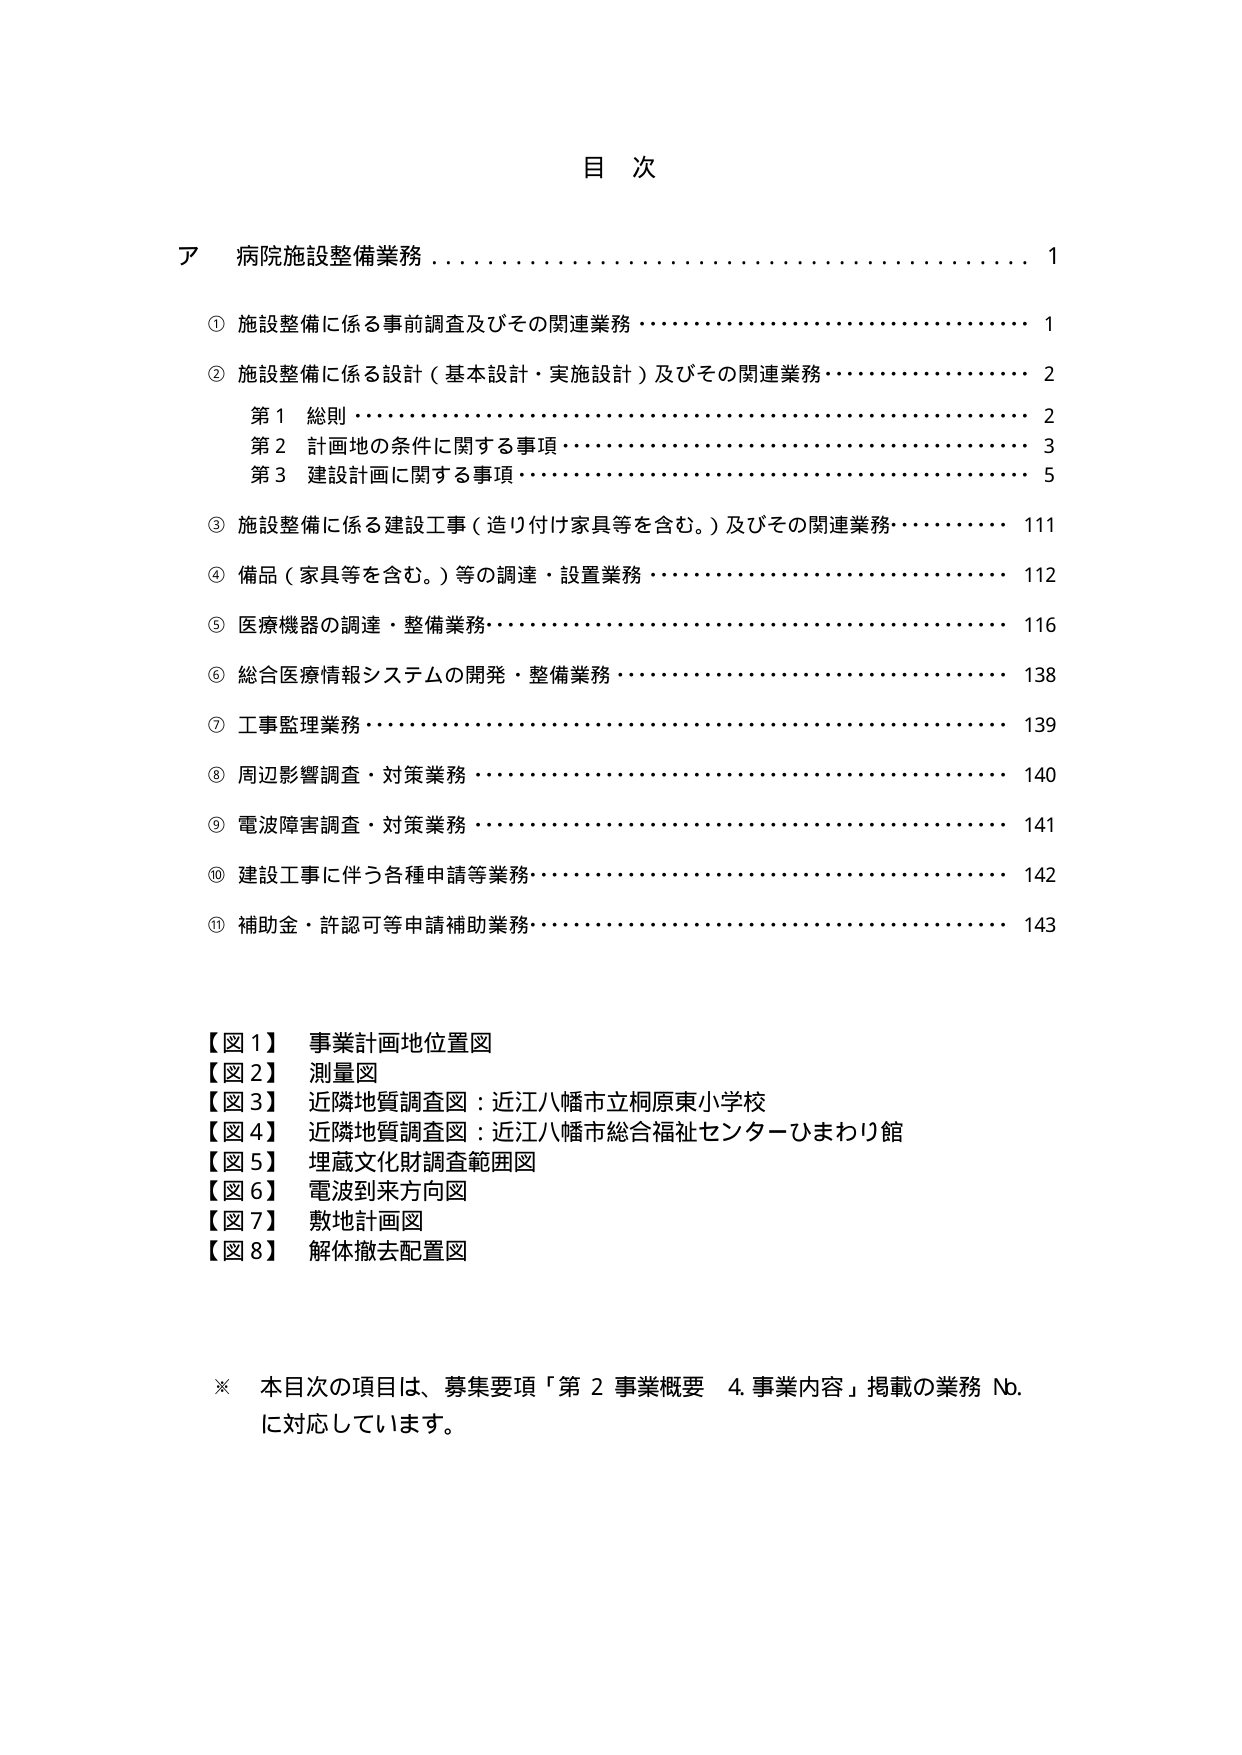
目 次

ア 病院施設整備業務 1

① 施設整備に係る事前調査及びその関連業務 1

② 施設整備に係る設計（基本設計・実施設計）及びその関連業務 2
　第1 総則 2
　第2 計画地の条件に関する事項 3
　第3 建設計画に関する事項 5

③ 施設整備に係る建設工事（造り付け家具等を含む。）及びその関連業務 111

④ 備品（家具等を含む。）等の調達・設置業務 112

⑤ 医療機器の調達・整備業務 116

⑥ 総合医療情報システムの開発・整備業務 138

⑦ 工事監理業務 139

⑧ 周辺影響調査・対策業務 140

⑨ 電波障害調査・対策業務 141

⑩ 建設工事に伴う各種申請等業務 142

⑪ 補助金・許認可等申請補助業務 143

【図1】 事業計画地位置図
【図2】 測量図
【図3】 近隣地質調査図：近江八幡市立桐原東小学校
【図4】 近隣地質調査図：近江八幡市総合福祉センターひまわり館
【図5】 埋蔵文化財調査範囲図
【図6】 電波到来方向図
【図7】 敷地計画図
【図8】 解体撤去配置図

※ 本目次の項目は、募集要項「第2 事業概要 4. 事業内容」掲載の業務 No. に対応しています。